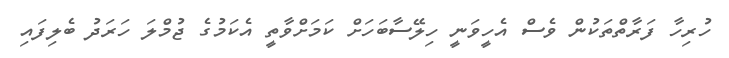
ހުރިހާ ފަރާތްތަކުން ވެސް އެހީވަނީ ހިލޭސާބަހަށް ކަމަށްވާތީ އެކަމުގެ ޖުމްލަ ހަރަދު ބެލިފައި